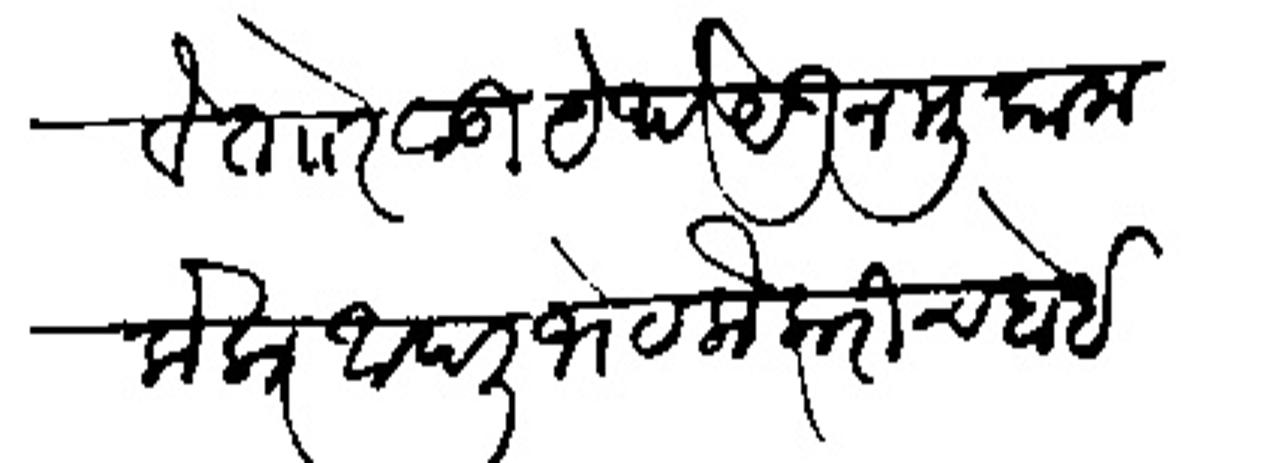
Transliteration (Devanagari): खारवे ताा रेवाडी येथे घेऊन मुकाम केला आपली भेट लौकरीच होईल